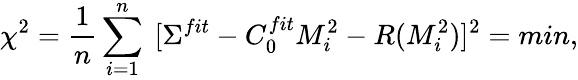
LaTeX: \chi^{2}=\frac{1}{n}\sum_{i=1}^{n}~[\Sigma^{fit}-C_{0}^{fit}M_{i}^{2}-R(M_{i}^{2})]^{2}=min,